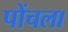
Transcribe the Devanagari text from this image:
पोंचला